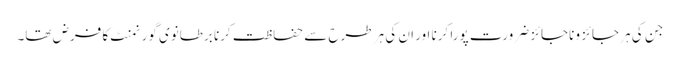
جن کی ہر جائز و ناجائز ضرورت پورا کرنا اور ان کی ہر طرح سے حفاظت کرنا برطانوی گورنمنٹ کا فرض تھا۔